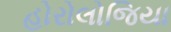
હોરોલોજિયા